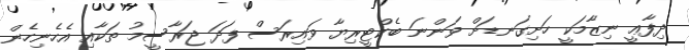
ދިފާޢީ ނިޒާމަކީ ހަށިގަނޑަށް ވަންނަ ބެކްޓީރިޔާ ވައިރަސް ފަދަ ޖަރާސީމު ތަކާއި އެހެނިހެން